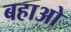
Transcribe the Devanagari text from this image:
बहाओ